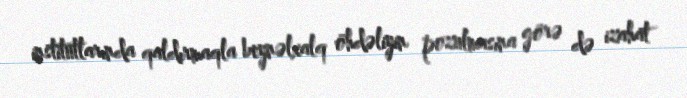
institutlarında qaldırmaqla beynəlxalq öhdəliyin pozulmasına görə də izahat